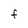
Character: F